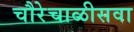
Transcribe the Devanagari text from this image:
चौरेचाळीसवा